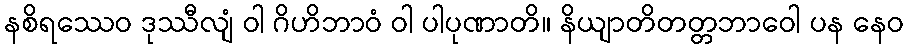
နစိရဿေဝ ဒုဿီလျံ ဝါ ဂိဟိဘာဝံ ဝါ ပါပုဏာတိ။ နိယျာတိတတ္တဘာဝေါ ပန နေဝ